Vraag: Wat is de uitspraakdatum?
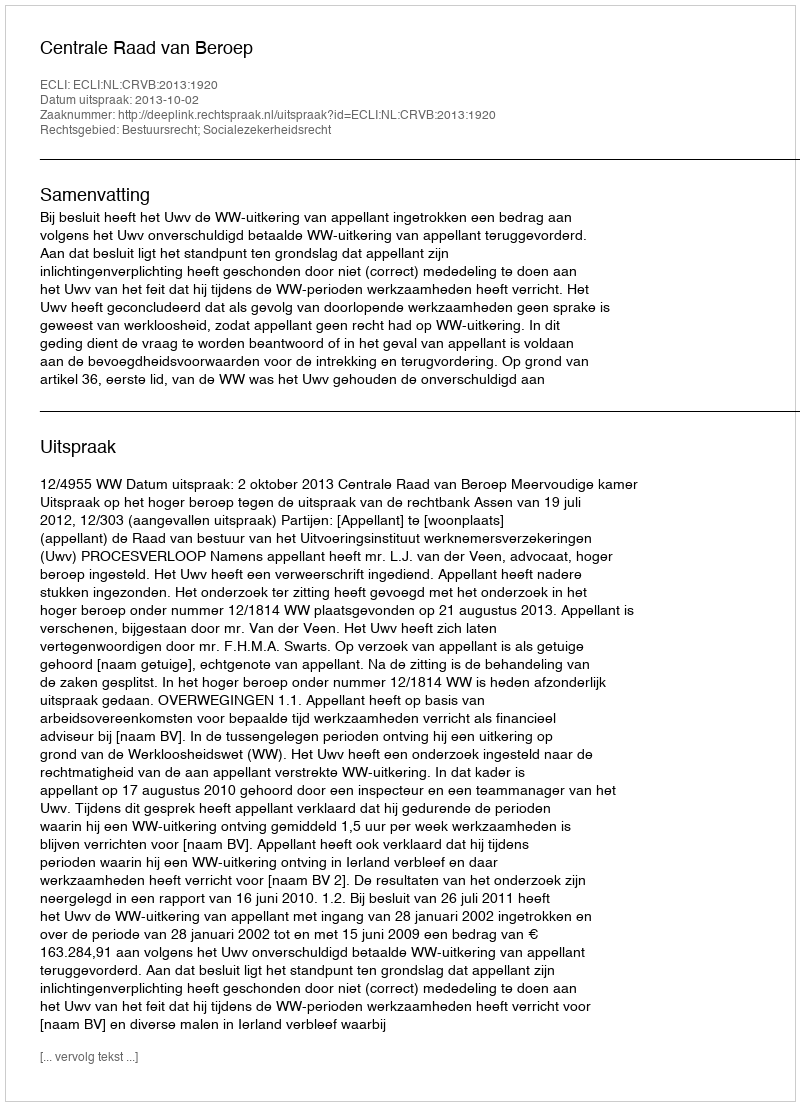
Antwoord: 2013-10-02